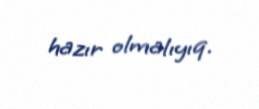
hazır olmalıyıq.